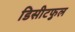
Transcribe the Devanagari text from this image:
डिसीटफुल